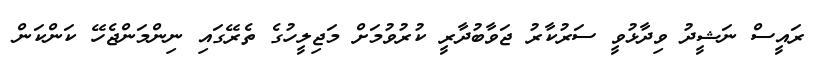
ރައީސް ނަޝީދު ވިދާޅުވީ ސަރުކާރު ޖަވާބުދާރީ ކުރުވުމަށް މަޖިލީހުގެ ތެރޭގައި ނިންމަންޖެހޭ ކަންކަން